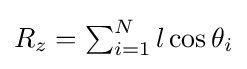
{\textstyle R_{z}=\sum _{i=1}^{N}l\cos \theta _{i}}